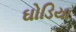
ઘોડિયા